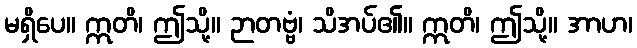
မရှိပေ။ ဣတိ၊ ဤသို့။ ဉာတဗ္ဗံ၊ သိအပ်၏။ ဣတိ၊ ဤသို့။ အာဟ၊